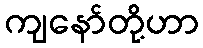
ကျနော်တို့ဟာ